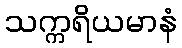
သက္ကရိယမာနံ